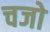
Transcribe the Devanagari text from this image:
चजो